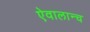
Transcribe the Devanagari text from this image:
ऐवालान्च